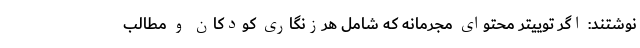
نوشتند: اگر توییتر محتوای مجرمانه که شامل هرزنگاری کودکان و مطالب